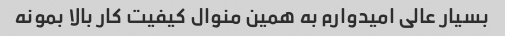
بسیار عالی امیدوارم به همین منوال کیفیت کار بالا بمونه